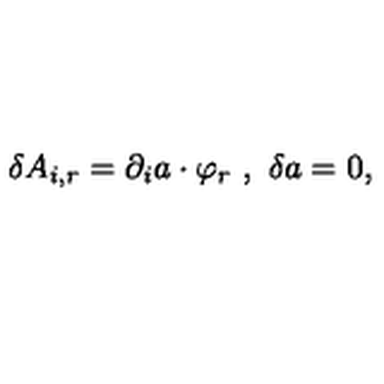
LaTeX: \delta A _ { i , r } = \partial _ { i } a \cdot \varphi _ { r } \ , \ \delta a = 0 ,